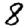
Digit: 8